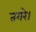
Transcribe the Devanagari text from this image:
तगरे।